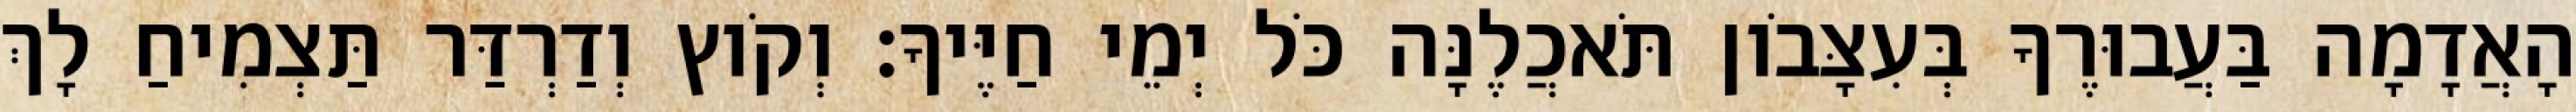
הָאֲדָמָה בַּעֲבוּרֶךָ בְּעִצָּבֹון תֹּאכֲלֶנָּה כֹּל יְמֵי חַיֶּיךָ׃ וְקֹוץ וְדַרְדַּר תַּצְמִיחַ לָךְ